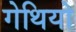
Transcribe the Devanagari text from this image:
गेथियो